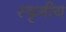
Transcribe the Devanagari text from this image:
स्वृगीय